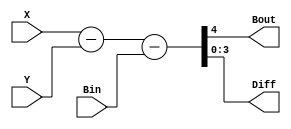
module Lab2_4_bit_BLS_behavioral (input [3:0]X,Y,input Bin,output reg Bout,output reg [3:0]Diff);
    
    always @(X,Y,Bin)
      begin
        {Bout,Diff}=X-Y-Bin;
      end
endmodule